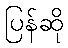
ပြန်ဆို